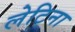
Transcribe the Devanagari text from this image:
लेटिना